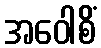
အဝေါစိံ